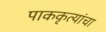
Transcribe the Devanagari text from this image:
पाककृत्यांचा